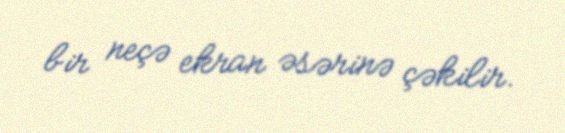
bir neçə ekran əsərinə çəkilir.